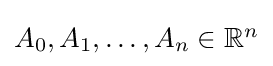
{\textstyle A_{0},A_{1},\ldots ,A_{n}\in \mathbb {R} ^{n}}